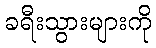
ခရီးသွားများကို